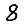
Digit: 8